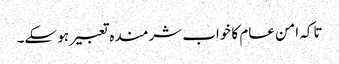
تاکہ امن عام کا خواب شرمندہ تعبیر ہو سکے۔